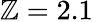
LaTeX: \mathbb{Z}=2.1